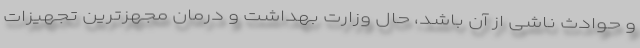
و حوادث ناشی از آن باشد، حال وزارت بهداشت و درمان مجهزترین تجهیزات